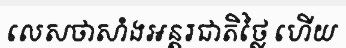
លេសថាសាំងអន្តរជាតិថ្លៃ ហើយ